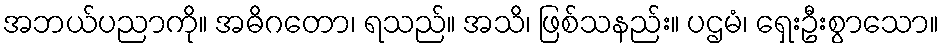
အဘယ်ပညာကို။ အဓိဂတော၊ ရသည်။ အသိ၊ ဖြစ်သနည်း။ ပဌမံ၊ ရှေးဦးစွာသော။